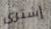
إشترى